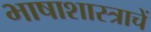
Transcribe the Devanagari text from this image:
भाषाशास्त्राचें